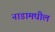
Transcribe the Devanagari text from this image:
नाडामघील